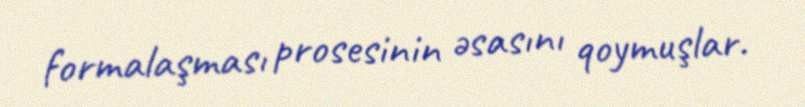
formalaşması prosesinin əsasını qoymuşlar.